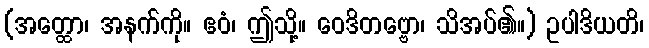
(အတ္ထော၊ အနက်ကို။ ဧဝံ၊ ဤသို့။ ဝေဒိတဗ္ဗော၊ သိအပ်၏။) ဥပါဒိယတိ၊